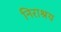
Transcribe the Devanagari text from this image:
निराश्रय